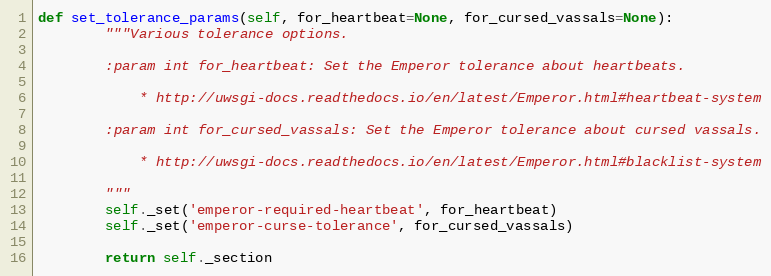
Language: Python
def set_tolerance_params(self, for_heartbeat=None, for_cursed_vassals=None):
        """Various tolerance options.

        :param int for_heartbeat: Set the Emperor tolerance about heartbeats.

            * http://uwsgi-docs.readthedocs.io/en/latest/Emperor.html#heartbeat-system

        :param int for_cursed_vassals: Set the Emperor tolerance about cursed vassals.

            * http://uwsgi-docs.readthedocs.io/en/latest/Emperor.html#blacklist-system

        """
        self._set('emperor-required-heartbeat', for_heartbeat)
        self._set('emperor-curse-tolerance', for_cursed_vassals)

        return self._section